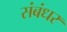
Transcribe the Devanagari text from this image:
संबंधर